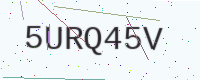
Text: 5URQ45V